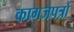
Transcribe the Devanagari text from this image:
कागजपत्रों